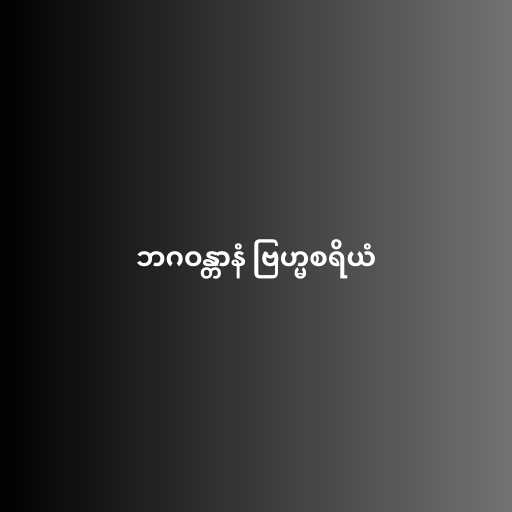
ဘဂဝန္တာနံ ဗြဟ္မစရိယံ